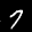
Label: 7